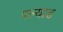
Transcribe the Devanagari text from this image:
पल्याड